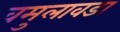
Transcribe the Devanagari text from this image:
वमुलावडा